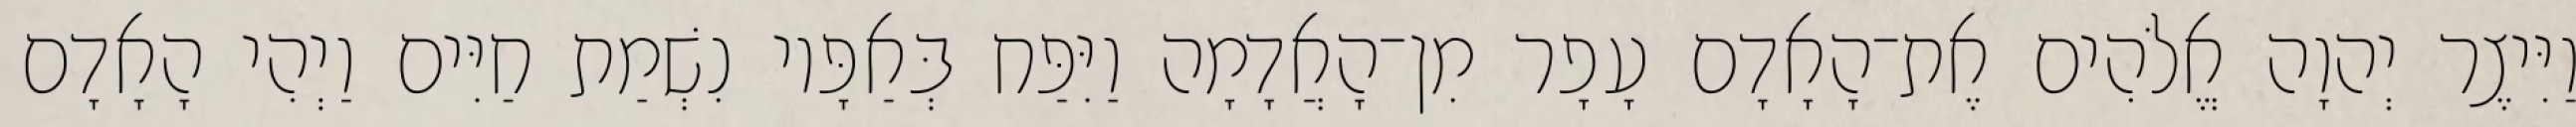
וַיִּיצֶר יְהוָה אֱלֹהִים אֶת־הָאָדָם עָפָר מִן־הָאֲדָמָה וַיִּפַּח בְּאַפָּיו נִשְׁמַת חַיִּים וַיְהִי הָאָדָם